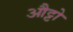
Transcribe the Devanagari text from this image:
औट्टो